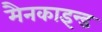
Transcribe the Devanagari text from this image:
मैनकाइन्ड